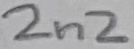
Text: 2n2